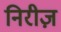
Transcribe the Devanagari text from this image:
निरीज़